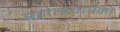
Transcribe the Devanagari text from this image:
महोत्सवांपैकी